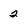
Character: 2